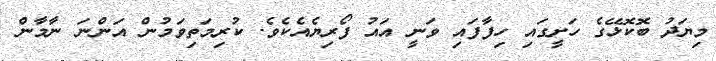
މިޔަދު ބޮކޮޅޭގެ ހަށީގައި ހިފާފައި ވަނީ އައު ފޯރިޔެއެކެވެ. ކުރިމަތިވަމުން އަންނަ ނާމާން